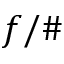
f / \#